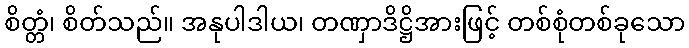
စိတ္တံ၊ စိတ်သည်။ အနုပါဒါယ၊ တဏှာဒိဋ္ဌိအားဖြင့် တစ်စုံတစ်ခုသော